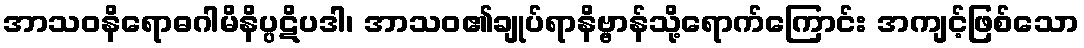
အာသဝနိရောဓဂါမိနိပ္ပဋိပဒါ၊ အာသဝ၏ချုပ်ရာနိဗ္ဗာန်သို့ရောက်ကြောင်း အကျင့်ဖြစ်သော